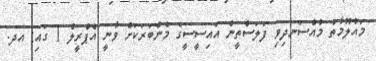
މައުލޫމާތު މުއްސަނދިވި ފަލަސްތީން އައިސީސީގެ މެންބަރަކަށް ވާނީ އެޕްރީލް 1 ގައި: އދ.